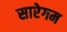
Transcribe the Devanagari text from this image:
सारेगम